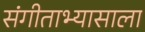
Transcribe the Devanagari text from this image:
संगीताभ्यासाला